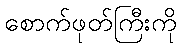
စောက်ဖုတ်ကြီးကို